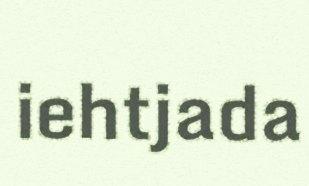
iehtjada